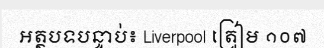
អត្ថបទបន្ទាប់៖ Liverpool ត្រៀម ១០៧